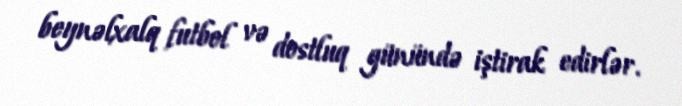
beynəlxalq futbol və dostluq günündə iştirak edirlər.